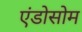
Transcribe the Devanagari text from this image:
एंडोसोम